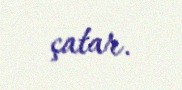
çatar.